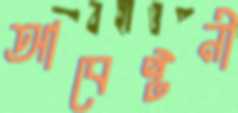
আবেষ্টনী